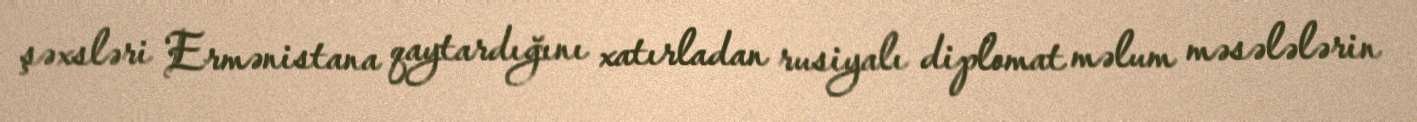
şəxsləri Ermənistana qaytardığını xatırladan rusiyalı diplomat məlum məsələlərin